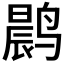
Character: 𫜀